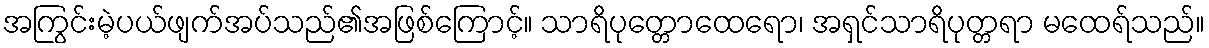
အကြွင်းမဲ့ပယ်ဖျက်အပ်သည်၏အဖြစ်ကြောင့်။ သာရိပုတ္တောထေရော၊ အရှင်သာရိပုတ္တရာ မထေရ်သည်။